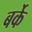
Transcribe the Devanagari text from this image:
बर्के